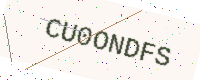
Text: CU0ONDFS